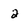
Character: 2